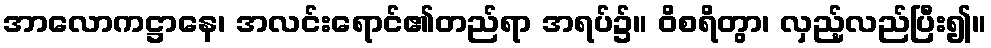
အာလောကဋ္ဌာနေ၊ အလင်းရောင်၏တည်ရာ အရပ်၌။ ဝိစရိတွာ၊ လှည့်လည်ပြီး၍။